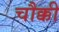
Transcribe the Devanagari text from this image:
चौक्की